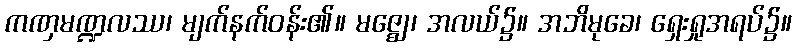
ကဏှမဏ္ဍလဿ၊ မျက်နက်ဝန်း၏။ မဇ္ဈေ၊ အလယ်၌။ အဘိမုခေ၊ ရှေးရှုအရပ်၌။